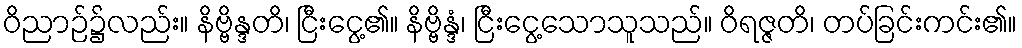
ဝိညာဉ်၌လည်း။ နိဗ္ဗိန္ဒတိ၊ ငြီးငွေ့၏။ နိဗ္ဗိန္ဒံ၊ ငြီးငွေ့သောသူသည်။ ဝိရဇ္ဇတိ၊ တပ်ခြင်းကင်း၏။